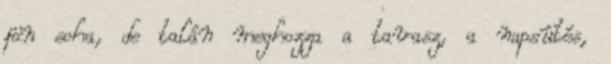
jön soha, de talán meghozza a tavasz, a napsütés,